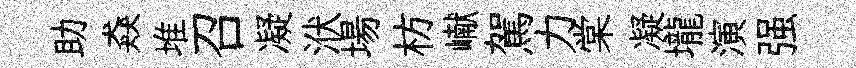
助猋堆召凝洑場枋𪩘駕力棠凝壠演强